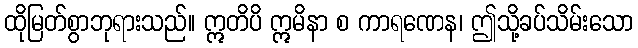
ထိုမြတ်စွာဘုရားသည်။ ဣတိပိ ဣမိနာ စ ကာရဏေန၊ ဤသို့ခပ်သိမ်းသော